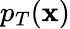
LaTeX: p_{T}(\mathbf{x})